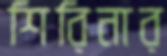
শিরিনার